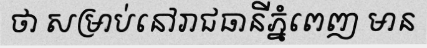
ថា សម្រាប់នៅរាជធានីភ្នំពេញ មាន